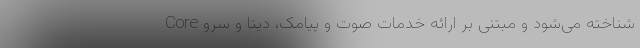
Core شناخته می‌شود و مبتنی بر ارائه خدمات صوت و پیامک، دیتا و سرو